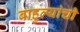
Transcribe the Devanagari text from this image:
बाहुल्यांची